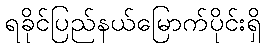
ရခိုင်ပြည်နယ်မြောက်ပိုင်းရှိ